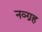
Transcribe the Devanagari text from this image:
नव्ग्रह